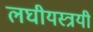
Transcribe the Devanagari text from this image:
लघीयस्त्रयी